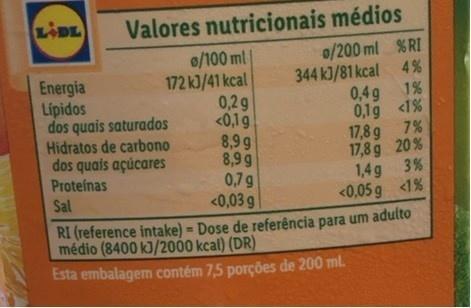
LIDE
Valores nutricionais médios
Energia Lipidos dos quais saturados Hidratos de carbono dos quais açúcares Proteinas
o/100 ml | 172 kJ/41 kcal 0,2g <0,1g 8,99 8,9 g 0,7g <0,03 g
0/200 ml % RI 344 kJ/81 kcal 4 % 0,4g 1% 0,19 <1% 17,8 g 7% 17,8 g 20% 1,4g 3% <0,05 g <1%
Sal
RI (reference intake) = Dose de referência para um adulto médio (8400 kJ/2000 kcal) (DR)
Esta embalagem contém 7,5 porções de 200 ml.